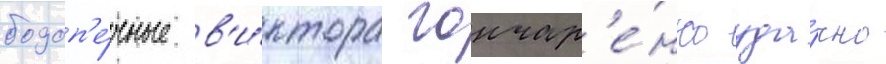
подоп'е́чные в'и́ктора гончар'е́нко уда́чно